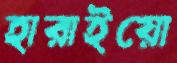
হারাইয়ো